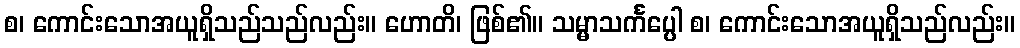
စ၊ ကောင်းသောအယူရှိသည်သည်လည်း။ ဟောတိ၊ ဖြစ်၏။ သမ္မာသင်္ကပ္ပေါ စ၊ ကောင်းသောအယူရှိသည်လည်း။